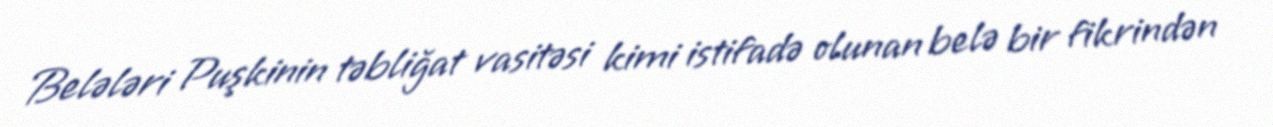
Belələri Puşkinin təbliğat vasitəsi kimi istifadə olunan belə bir fikrindən